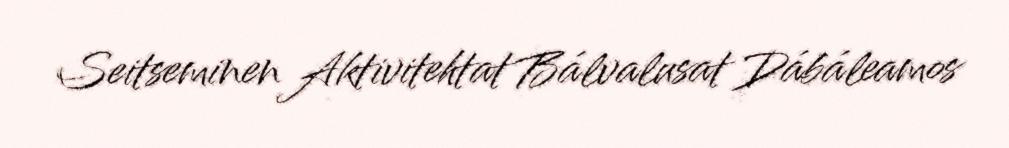
Seitseminen Aktivitehtat Bálvalusat Dábáleamos